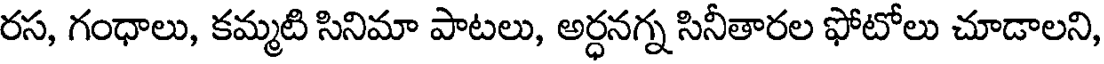
రస, గంధాలు, కమ్మటి సినిమా పాటలు, అర్ధనగ్న సినీతారల ఫోటోలు చూడాలని,